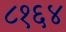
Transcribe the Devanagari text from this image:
८१६४